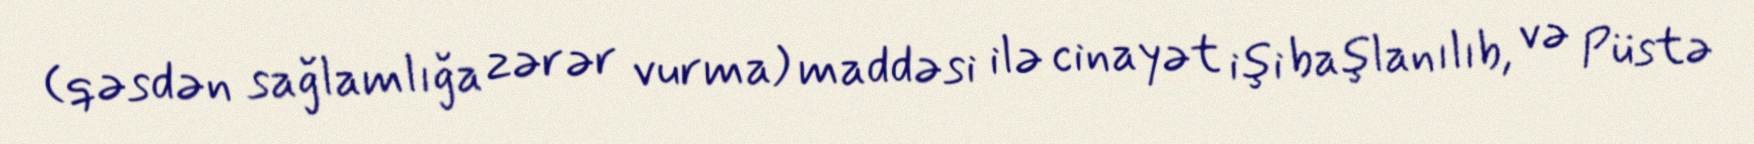
(qəsdən sağlamlığa zərər vurma) maddəsi ilə cinayət işi başlanılıb, və Püstə